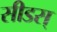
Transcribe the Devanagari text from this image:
सीडस्